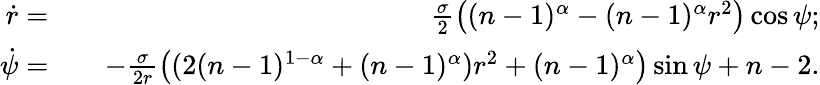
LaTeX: \begin{array}{rlr}{\dot{r}=}&{}&{\frac{\sigma}{2}\left((n-1)^{\alpha}-(n-1)^{\alpha}r^{2}\right)\cos{\psi};}\\ {\dot{\psi}=}&{}&{-\frac{\sigma}{2r}\left((2(n-1)^{1-\alpha}+(n-1)^{\alpha})r^{2}+(n-1)^{\alpha}\right)\sin{\psi}+n-2.}\end{array}